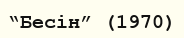
“Бесін” (1970)